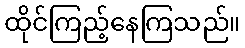
ထိုင်ကြည့်နေကြသည်။